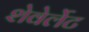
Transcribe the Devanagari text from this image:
शेवेर्लेट